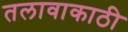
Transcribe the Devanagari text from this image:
तलावाकाठी